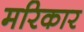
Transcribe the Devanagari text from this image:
मरिकार